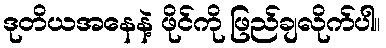
ဒုတိယအနေနဲ့ ဖိုင်ကို ဖြည်ချလိုက်ပါ။